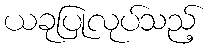
ယခုပြုလုပ်သည့်